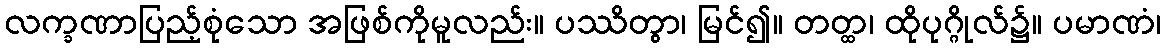
လက္ခဏာပြည့်စုံသော အဖြစ်ကိုမူလည်း။ ပဿိတွာ၊ မြင်၍။ တတ္ထ၊ ထိုပုဂ္ဂိုလ်၌။ ပမာဏံ၊